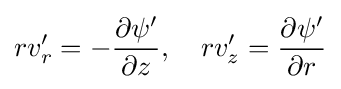
rv_{r}'=-{\frac {\partial \psi '}{\partial z}},\quad rv_{z}'={\frac {\partial \psi '}{\partial r}}